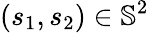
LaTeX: (s_{1},s_{2})\in\mathbb{S}^{2}